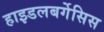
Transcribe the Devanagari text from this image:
हाइडलबर्गेसिस